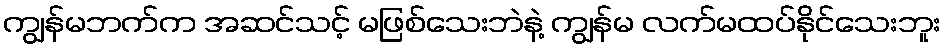
ကျွန်မဘက်က အဆင်သင့် မဖြစ်သေးဘဲနဲ့ ကျွန်မ လက်မထပ်နိုင်သေးဘူး